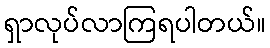
ရှာလုပ်လာကြရပါတယ်။